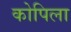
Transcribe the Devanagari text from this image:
कोपिला